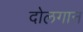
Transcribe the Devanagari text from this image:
दोलगान